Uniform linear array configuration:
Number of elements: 32
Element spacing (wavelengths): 1
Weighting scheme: exponential
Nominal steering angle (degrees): -60
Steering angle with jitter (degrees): -60.866
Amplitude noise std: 0.05
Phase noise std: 0.05

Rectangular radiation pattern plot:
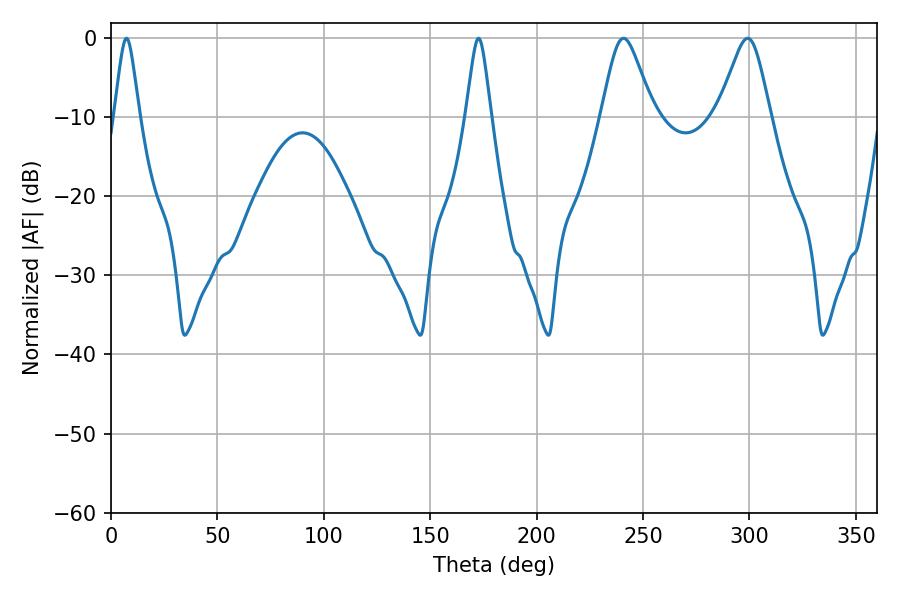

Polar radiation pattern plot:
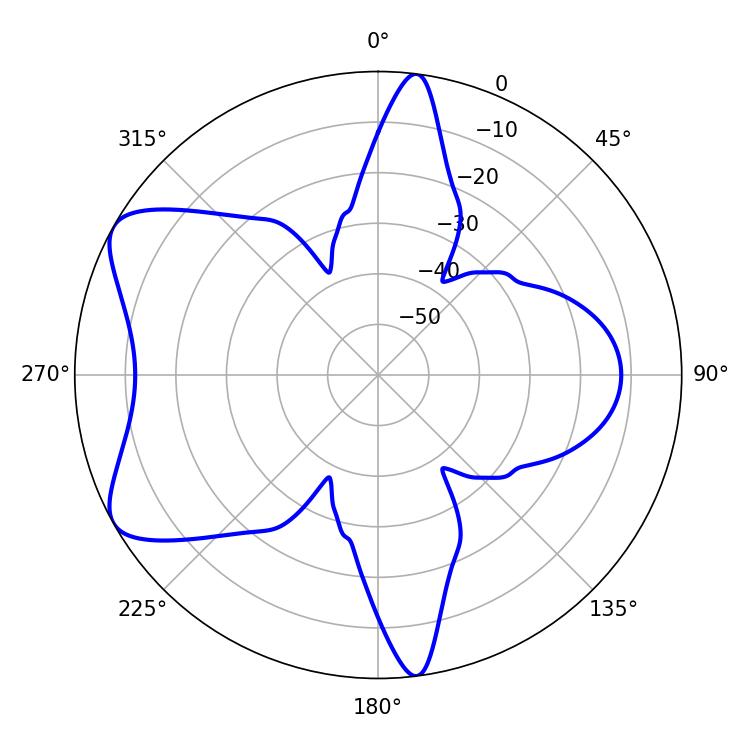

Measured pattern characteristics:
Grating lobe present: TRUE
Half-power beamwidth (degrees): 11.88
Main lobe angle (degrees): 240.84